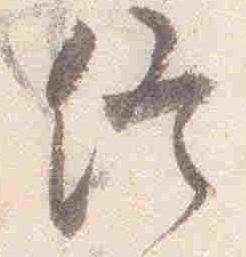
終